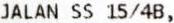
JALAN SS 15/4B,